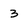
Character: 3